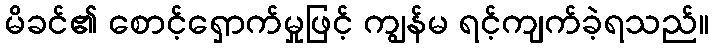
မိခင်၏ စောင့်ရှောက်မှုဖြင့် ကျွန်မ ရင့်ကျက်ခဲ့ရသည်။